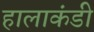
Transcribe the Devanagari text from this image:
हालाकंडी